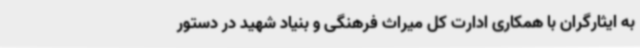
به ایثارگران با همکاری ادارت کل میراث فرهنگی و بنیاد شهید در دستور